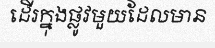
ដើរក្នុងផ្លូវមួយដែលមាន